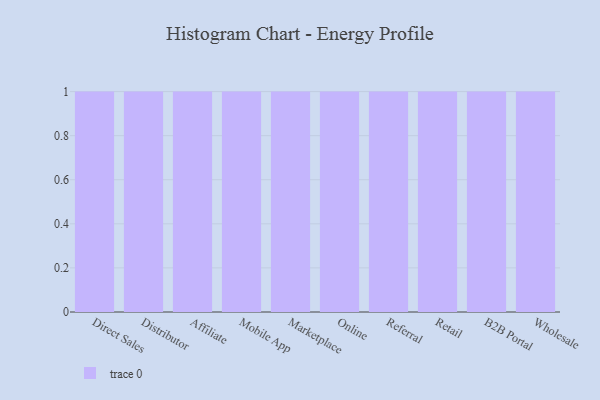
{"axis": {"x": "Channel", "y": "Bounce Rate (%)"}, "legend": [""], "data": [{"x": "Direct Sales", "y": 33, "type": ""}, {"x": "Distributor", "y": 18, "type": ""}, {"x": "Affiliate", "y": 61, "type": ""}, {"x": "Mobile App", "y": 29, "type": ""}, {"x": "Marketplace", "y": 82, "type": ""}, {"x": "Online", "y": 5, "type": ""}, {"x": "Referral", "y": 72, "type": ""}, {"x": "Retail", "y": 33, "type": ""}, {"x": "B2B Portal", "y": 95, "type": ""}, {"x": "Wholesale", "y": 60, "type": ""}]}